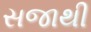
સજાથી